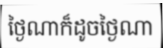
ថ្ងៃណាក៏ដូចថ្ងៃណា